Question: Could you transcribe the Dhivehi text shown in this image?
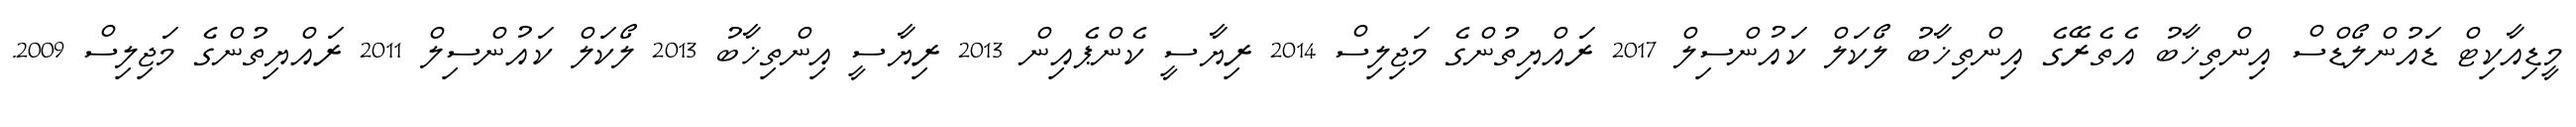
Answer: މީޑިއާކިޓް ޑައުންލޯޑްސް އިންތިޚާބު އެތެރޭގެ އިންތިޚާބު ލޯކަލް ކައުންސިލް 2017 ރައްޔިތުންގެ މަޖިލިސް 2014 ރިޔާސީ ކެންޕެއިން 2013 ރިޔާސީ އިންތިޚާބު 2013 ލޯކަލް ކައުންސިލް 2011 ރައްޔިތުންގެ މަޖިލިސް 2009.